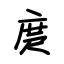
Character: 庹